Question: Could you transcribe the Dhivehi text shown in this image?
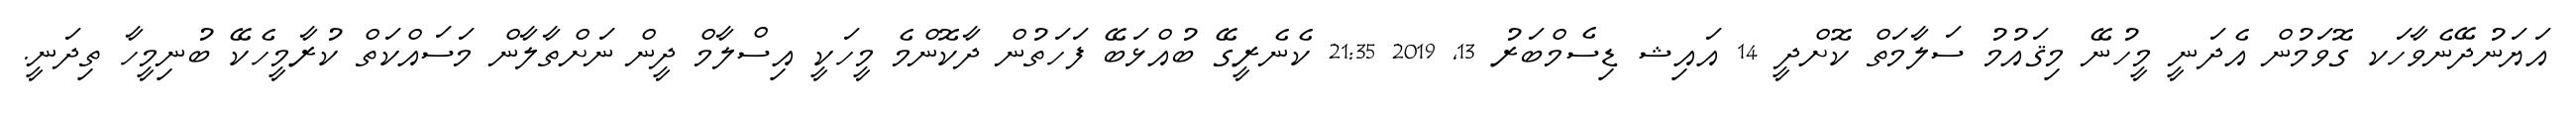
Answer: އަޔަނުދޭނެވާހަކ ގޮވަމުން އެދަނީ މީހުނޭ މިޤައުމު ސަލާމަތް ކޮށްދީ 14 އައިޝ ޑިސެމްބަރު 13, 2019 21:35 ކެނެރީގޭ ބުއްޅަބޭ ފަހަތުން ދާކޮންމެ މީހަކީ އިސްލާމް ދީން ނަށްތާލާން މަސައްކަތް ކުރާމީހެކޭ ބުނިމީހާ ތިދަނީ.